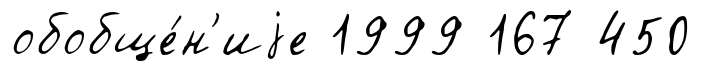
обобще́н'иjе 1999 167 450